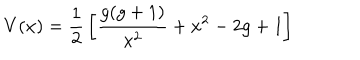
V ( x ) = { \frac { 1 } { 2 } } \left[ \frac { g ( g + 1 ) } { x ^ { 2 } } + x ^ { 2 } - 2 g + 1 \right]